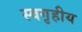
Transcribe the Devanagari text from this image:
स्वगृहीय